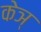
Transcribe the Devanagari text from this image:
केञ्